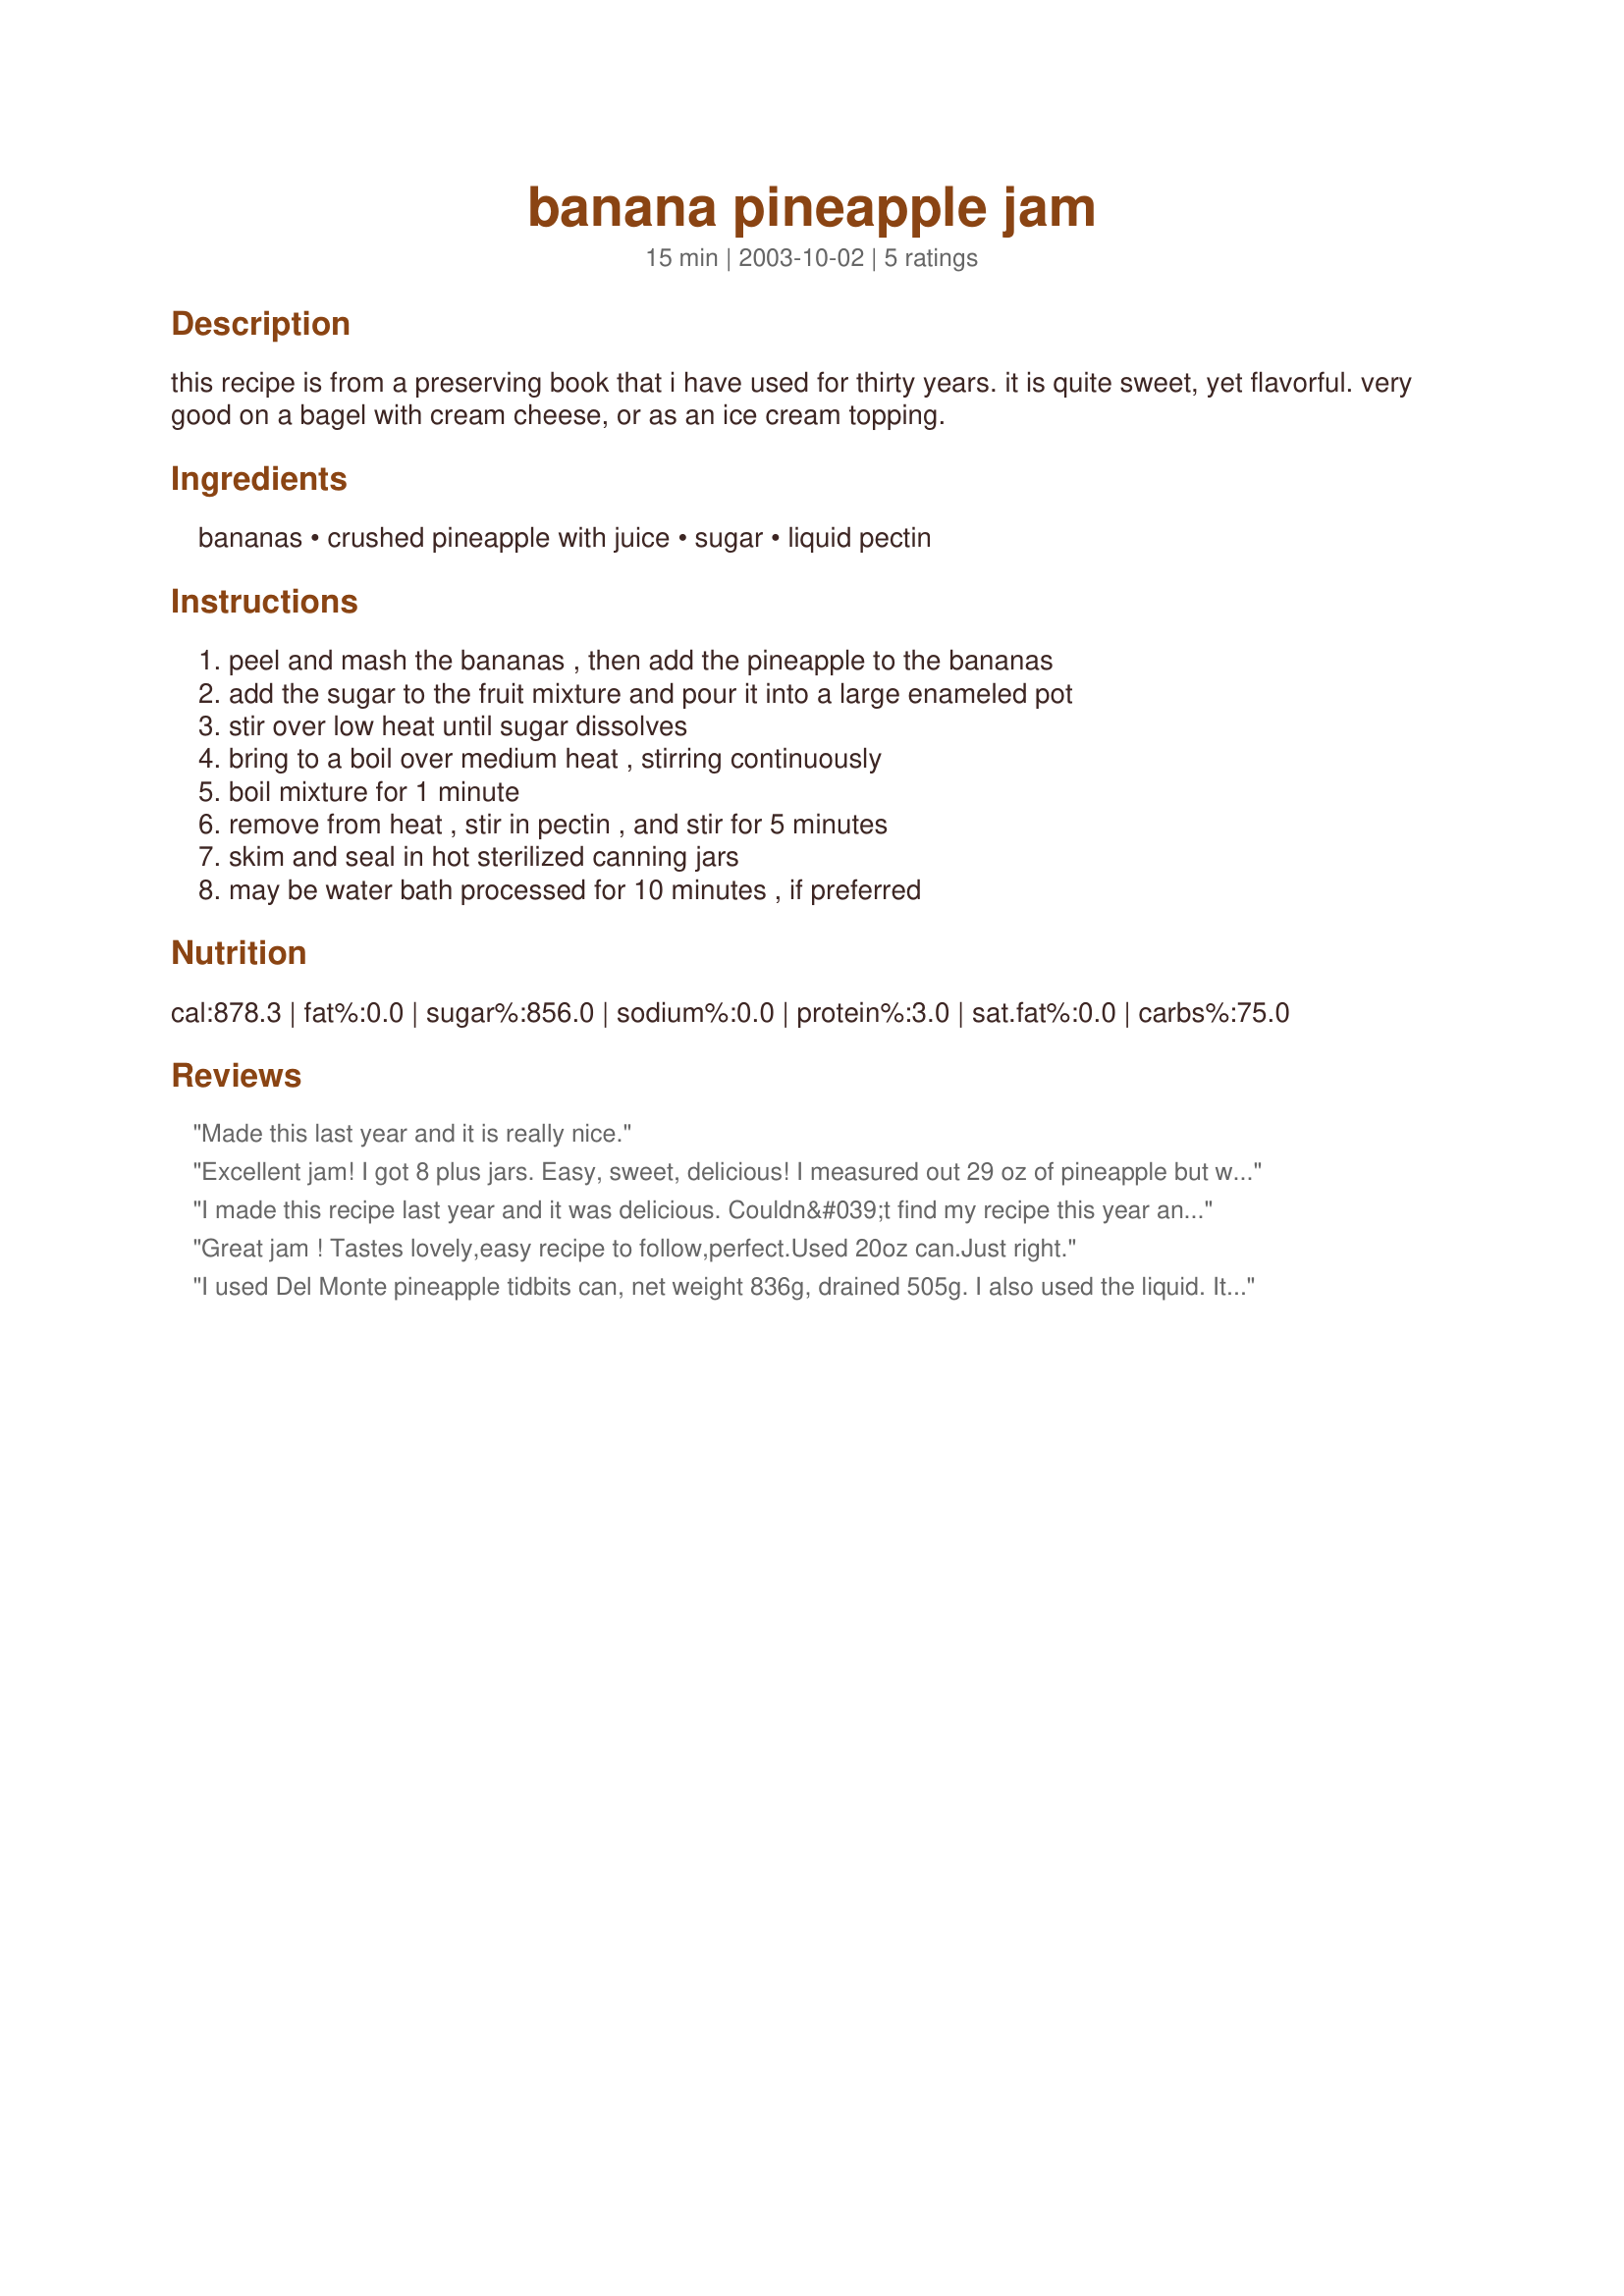
banana pineapple jam
Preparation time: 15 minutes

this recipe is from a preserving book that i have used for thirty years. it is quite sweet, yet flavorful. very good on a bagel with cream cheese, or as an ice cream topping.

Ingredients:
bananas, crushed pineapple with juice, sugar, liquid pectin

Steps:
peel and mash the bananas , then add the pineapple to the bananas, add the sugar to the fruit mixture and pour it into a large enameled pot, stir over low heat until sugar dissolves, bring to a boil over medium heat , stirring continuously, boil mixture for 1 minute, remove from heat , stir in pectin , and stir for 5 minutes, skim and seal in hot sterilized canning jars, may be water bath processed for 10 minutes , if preferred

Reviews:
Made this last year and it is really nice.
Excellent jam! I got 8 plus jars. Easy, sweet, delicious! I measured out 29 oz of pineapple but wonder if it should be a 20 oz can? In any event, a wonderful recipe. Thanks, Deb, for sharing!
I made this recipe last year and it was delicious. Couldn&#039;t find my recipe this year and panicked. This is it--going to make it again -- tomorrow--and made 3 copies of it.
Great jam ! Tastes lovely,easy recipe to follow,perfect.Used 20oz can.Just right.
I used Del Monte pineapple tidbits can, net weight 836g, drained 505g. I also used the liquid. It was already sweet so I added only 2 cups of sugar and 5 big ripe bananas. I cooked according to the recipe and then added 6 tsp. of pectin powder, found the conversion online. The recipe yielded 5 middle sized jars or a yummy fragrant tasty jam. Excellent on multigrain bread with ricotta.
